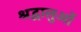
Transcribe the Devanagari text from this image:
श्रद्वालुओं